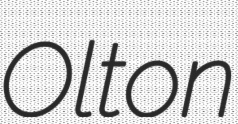
Olton